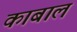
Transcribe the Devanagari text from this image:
काबाल